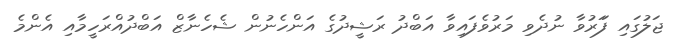
ޖަލުގައި ފަަރުވާ ނުދެވި މަރުވެފައިވާ އަބްދު ރަޝީދުގެ އަންހެނުން ޝެހެނާޒް އަބްދުއްރަހީމާއި އެންމެ